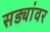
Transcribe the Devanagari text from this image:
सड्यांवर